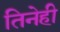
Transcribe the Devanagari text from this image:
तिनेही